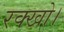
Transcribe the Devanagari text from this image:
रक्खो।